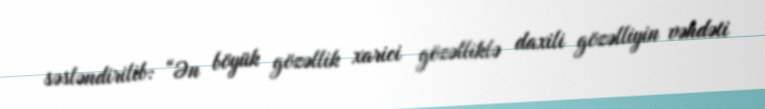
səsləndirilib: “Ən böyük gözəllik xarici gözəlliklə daxili gözəlliyin vəhdəti